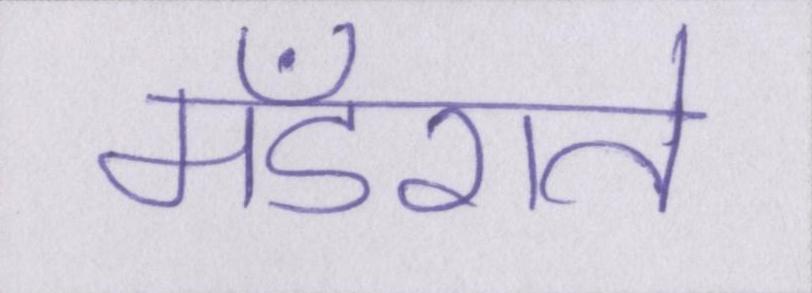
मँडराते